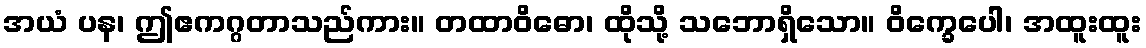
အယံ ပန၊ ဤဧကဂ္ဂတာသည်ကား။ တထာဝိဓော၊ ထိုသို့ သဘောရှိသော။ ဝိက္ခေပေါ၊ အထူးထူး